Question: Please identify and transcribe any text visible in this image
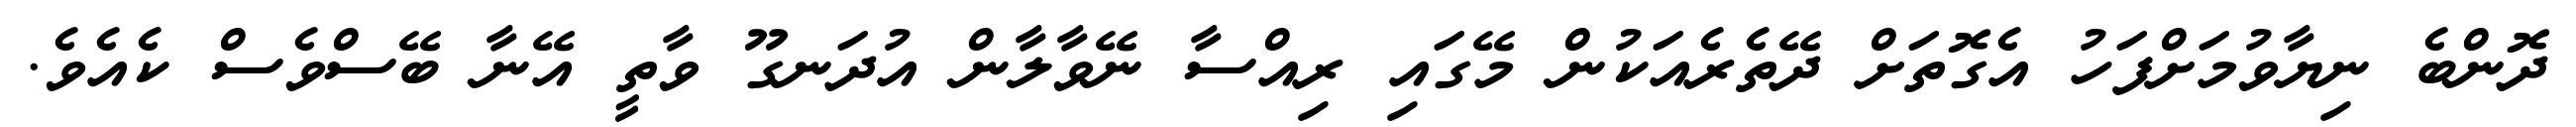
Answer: ދޮންބެ ނިޔާވުމަށްފަހު އެގޮތަށް ދޭތެރެއަކުން މޭގައި ރިއްސާ ނޭވާލާން އުދަނގޫ ވާތީ އޭނާ ބޭސްވެސް ކެއެވެ.